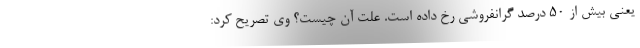
یعنی بیش از ۵۰ درصد گرانفروشی رخ داده است. علت آن چیست؟ وی تصریح کرد: